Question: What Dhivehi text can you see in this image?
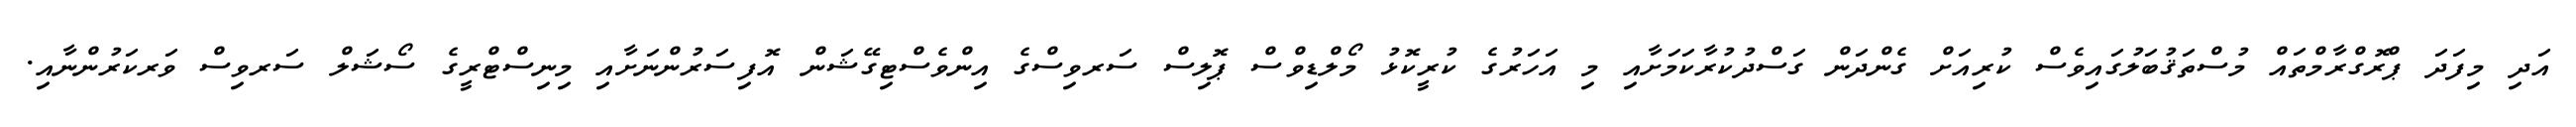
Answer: އަދި މިފަދަ ޕްރޮގްރާމްތައް މުސްތަޤުބަލުގައިވެސް ކުރިއަށް ގެންދަން ގަސްދުކުރާކަމަށާއި މި އަހަރުގެ ކުރީކޮޅު މޯލްޑިވްސް ޕޮލިސް ސަރވިސްގެ އިންވެސްޓިގޭޝަން އޮފިސަރުންނަށާއި މިނިސްޓްރީގެ ސޯޝަލް ސަރވިސް ވަރކަރުންނާއި.